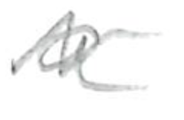
Text: a
Cross-out: zig-zag
Writing tool: pencil